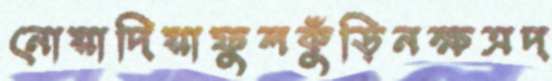
নোয়াদিয়াফুলকুঁড়িনক্ষত্রদ